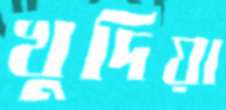
খুদিয়া